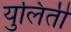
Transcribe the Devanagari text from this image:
युलिंती